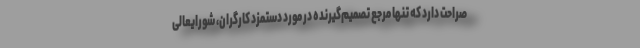
صراحت دارد که تنها مرجع تصمیم‌گیرنده در مورد دستمزد کارگران، شورایعالی